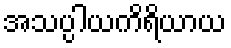
အသပ္ပါယကိရိယာယ